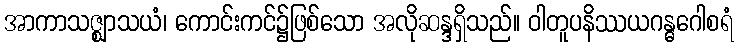
အာကာသဇ္ဈာသယံ၊ ကောင်းကင်၌ဖြစ်သော အလိုဆန္ဒရှိသည်။ ဝါတူပနိဿယဂန္ဓဂေါစရံ